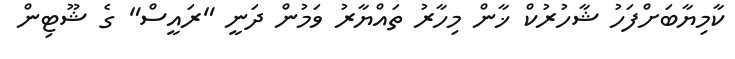
ކާމިޔާބަށްފަހު ޝާހުރުކް ޚާން މިހާރު ތައްޔާރު ވަމުން ދަނީ "ރައީސް" ގެ ޝޫޓިން